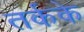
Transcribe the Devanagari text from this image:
तर्कके